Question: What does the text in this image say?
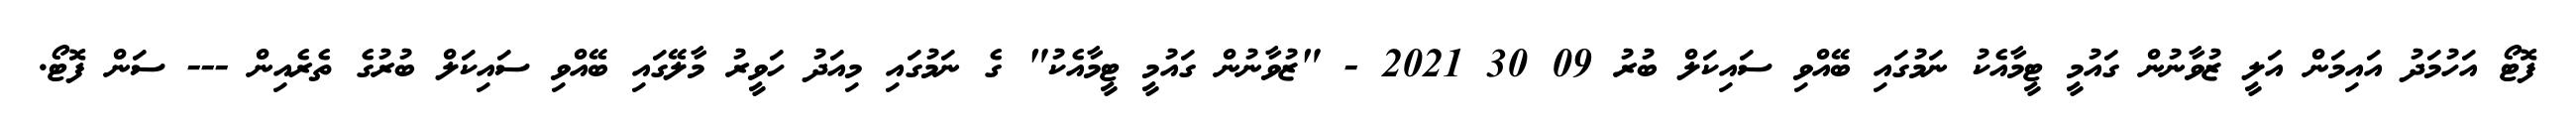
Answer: ފޮޓޯ އަހުމަދު އައިމަން އަލީ ޒުވާނުން ގައުމީ ޓީމާއެކު ނަމުގައި ބޭއްވި ސައިކަލް ބުރު 09 30 2021 - "ޒުވާނުން ގައުމީ ޓީމާއެކު" ގެ ނަމުގައި މިއަދު ހަވީރު މާލޭގައި ބޭއްވި ސައިކަލް ބުރުގެ ތެރެއިން --- ސަން ފޮޓޯ.